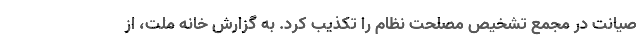
صیانت در مجمع تشخیص مصلحت نظام را تکذیب کرد. به‌ گزارش خانه ملت، از